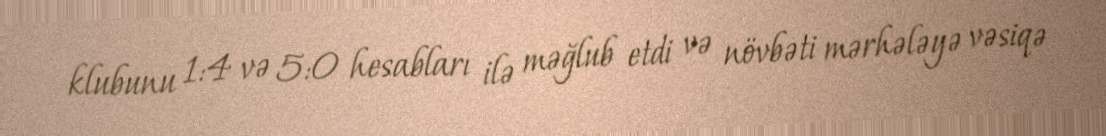
klubunu 1:4 və 5:0 hesabları ilə məğlub etdi və növbəti mərhələyə vəsiqə